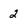
Character: 2